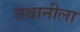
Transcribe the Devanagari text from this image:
तथानीला